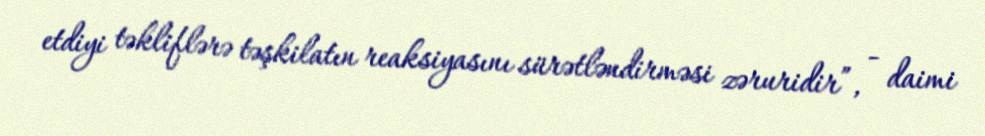
etdiyi təkliflərə təşkilatın reaksiyasını sürətləndirməsi zəruridir”, - daimi